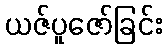
ယဇ်ပူဇော်ခြင်း